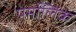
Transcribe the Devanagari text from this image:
पर्मालिंक